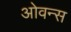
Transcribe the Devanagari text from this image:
ओवन्स